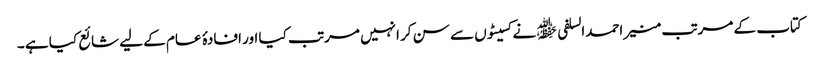
کتاب کے مرتب منیر احمدالسلفی ﷾ نے کسیٹوں سے سن کر انہیں مرتب کیا اور افادۂ عام کے لیے شائع کیا ہے ۔